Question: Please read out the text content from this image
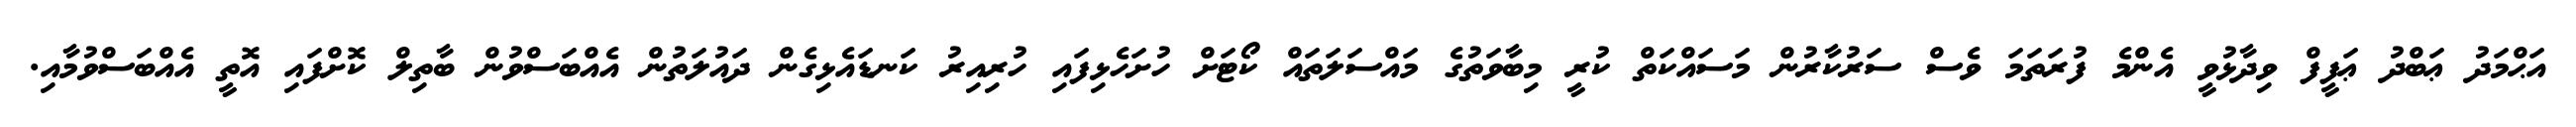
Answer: އަޙްމަދު ޢަބްދު ޢަފީފް ވިދާޅުވީ އެންމެ ފުރަތަމަ ވެސް ސަރުކާރުން މަސައްކަތް ކުރީ މިބާވަތުގެ މައްސަލަތައް ކޯޓަށް ހުށަހެޅިފައި ހުރިއިރު ކަނޑައެޅިގެން ދައުލަތުން އެއްބަސްވުން ބާތިލް ކޮށްފައި އޮތީ އެއްބަސްވުމާއި.